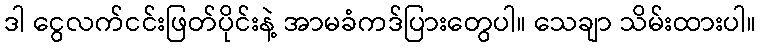
ဒါ ငွေလက်ငင်းဖြတ်ပိုင်းနဲ့ အာမခံကဒ်ပြားတွေပါ။ သေချာ သိမ်းထားပါ။